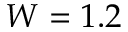
W = 1 . 2